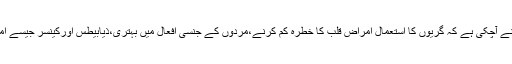
اس سے پہلے بھی متعدد باریہ بات سامنے آچکی ہے کہ گریوں کا استعمال امراض قلب کا خطرہ کم کرنے،مردوں کے جنسی افعال میں بہتری،ذیابیطس اورکینسر جیسے امراض سے بچانے میں مدد دے سکتاہے۔